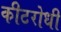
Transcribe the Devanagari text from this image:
कीटरोधी